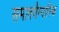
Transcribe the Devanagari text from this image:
समातवैग्यानिक